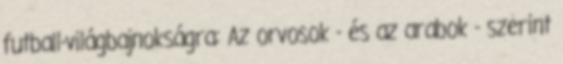
futball-világbajnokságra: Az orvosok - és az arabok - szerint